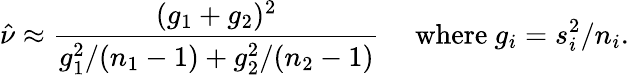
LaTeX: {\hat{\nu}}\approx{\frac{(g_{1}+g_{2})^{2}}{g_{1}^{2}/(n_{1}-1)+g_{2}^{2}/(n_{2}-1)}}\quad{\mathrm{~where~}}g_{i}=s_{i}^{2}/n_{i}.